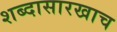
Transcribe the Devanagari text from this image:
शब्दासारखाच